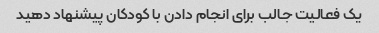
یک فعالیت جالب برای انجام دادن با کودکان پیشنهاد دهید